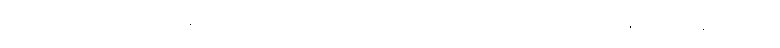
သူဌေးသားသည် ရဟန်းပြုလိုလှသဖြင့် အမိအဘတို့အား မရ အရ တောင်းပန်၍ ရဟန်းပြုသော်